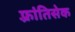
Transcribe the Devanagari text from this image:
फ़्रांतिसेक